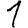
Digit: 1